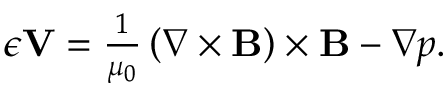
\begin{array} { r } { \epsilon { \mathbf V } = \frac { 1 } { \mu _ { 0 } } \left( \nabla \times { \mathbf B } \right) \times { \mathbf B } - \nabla p . } \end{array}